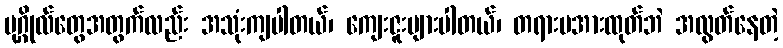
ပုဂ္ဂိုလ်တွေအတွက်လည်း အသုံးကျပါတယ်၊ ကျေးဇူးများပါတယ်၊ တရားမအားထုတ်ဘဲ အလွတ်နေတဲ့